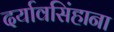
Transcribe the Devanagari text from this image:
दर्यावसिंहाना